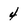
Character: 4